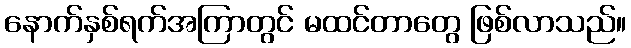
နောက်နှစ်ရက်အကြာတွင် မထင်တာတွေ ဖြစ်လာသည်။